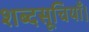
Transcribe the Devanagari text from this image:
शब्दसूचियाँ।